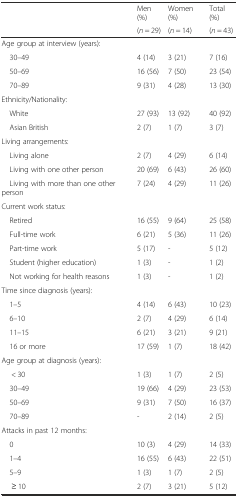
<table><thead><tr><td rowspan="2"></td><td><b>Men (%)</b></td><td><b>Women (%)</b></td><td><b>Total (%)</b></td></tr><tr><td><b>(<i>n</i> = 29)</b></td><td><b>(<i>n</i> = 14)</b></td><td><b>(<i>n</i> = 43)</b></td></tr></thead><tbody><tr><td colspan="4">Age group at interview (years):</td></tr><tr><td> 30–49</td><td>4 (14)</td><td>3 (21)</td><td>7 (16)</td></tr><tr><td> 50–69</td><td>16 (56)</td><td>7 (50)</td><td>23 (54)</td></tr><tr><td> 70–89</td><td>9 (31)</td><td>4 (28)</td><td>13 (30)</td></tr><tr><td colspan="4">Ethnicity/Nationality:</td></tr><tr><td> White</td><td>27 (93)</td><td>13 (92)</td><td>40 (92)</td></tr><tr><td> Asian British</td><td>2 (7)</td><td>1 (7)</td><td>3 (7)</td></tr><tr><td colspan="4">Living arrangements:</td></tr><tr><td> Living alone</td><td>2 (7)</td><td>4 (29)</td><td>6 (14)</td></tr><tr><td> Living with one other person</td><td>20 (69)</td><td>6 (43)</td><td>26 (60)</td></tr><tr><td> Living with more than one other person</td><td>7 (24)</td><td>4 (29)</td><td>11 (26)</td></tr><tr><td colspan="4">Current work status:</td></tr><tr><td> Retired</td><td>16 (55)</td><td>9 (64)</td><td>25 (58)</td></tr><tr><td> Full-time work</td><td>6 (21)</td><td>5 (36)</td><td>11 (26)</td></tr><tr><td> Part-time work</td><td>5 (17)</td><td>-</td><td>5 (12)</td></tr><tr><td> Student (higher education)</td><td>1 (3)</td><td>-</td><td>1 (2)</td></tr><tr><td> Not working for health reasons</td><td>1 (3)</td><td>-</td><td>1 (2)</td></tr><tr><td colspan="4">Time since diagnosis (years):</td></tr><tr><td> 1–5</td><td>4 (14)</td><td>6 (43)</td><td>10 (23)</td></tr><tr><td> 6–10</td><td>2 (7)</td><td>4 (29)</td><td>6 (14)</td></tr><tr><td> 11–15</td><td>6 (21)</td><td>3 (21)</td><td>9 (21)</td></tr><tr><td> 16 or more</td><td>17 (59)</td><td>1 (7)</td><td>18 (42)</td></tr><tr><td colspan="4">Age group at diagnosis (years):</td></tr><tr><td>&lt; 30</td><td>1 (3)</td><td>1 (7)</td><td>2 (5)</td></tr><tr><td> 30–49</td><td>19 (66)</td><td>4 (29)</td><td>23 (53)</td></tr><tr><td> 50–69</td><td>9 (31)</td><td>7 (50)</td><td>16 (37)</td></tr><tr><td> 70–89</td><td>-</td><td>2 (14)</td><td>2 (5)</td></tr><tr><td colspan="4">Attacks in past 12 months:</td></tr><tr><td> 0</td><td>10 (3)</td><td>4 (29)</td><td>14 (33)</td></tr><tr><td> 1–4</td><td>16 (55)</td><td>6 (43)</td><td>22 (51)</td></tr><tr><td> 5–9</td><td>1 (3)</td><td>1 (7)</td><td>2 (5)</td></tr><tr><td>≥ 10</td><td>2 (7)</td><td>3 (21)</td><td>5 (12)</td></tr></tbody></table>